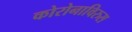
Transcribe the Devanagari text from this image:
कोरोनाविरुस